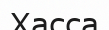
Хасса